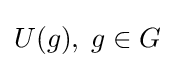
U(g),\;g\in G